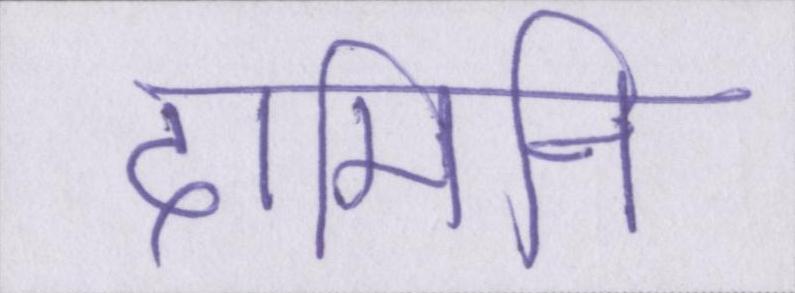
दामिनी